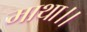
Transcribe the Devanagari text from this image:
माथा।।